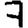
Digit: 7